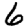
Digit: 6